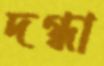
দগ্ধা